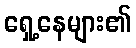
ရှေ့နေများ၏